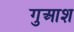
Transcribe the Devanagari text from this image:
गुआश